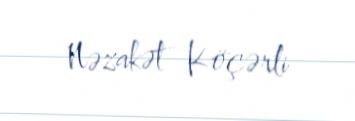
Nəzakət Köçərli